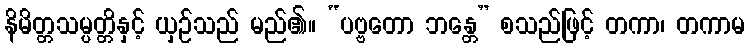
နိမိတ္တသမ္ပတ္တိနှင့် ယှဉ်သည် မည်၏။ “ပဗ္ဗတော ဘန္တေ” စသည်ဖြင့် တကာ၊ တကာမ